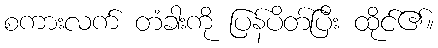
စကားလက် တံခါးကို ပြန်ပိတ်ပြီး ထိုင်၏။